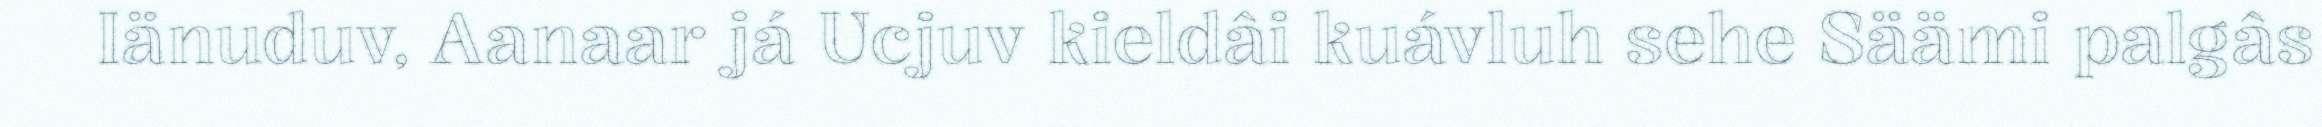
Iänuduv, Aanaar já Ucjuv kieldâi kuávluh sehe Säämi palgâs